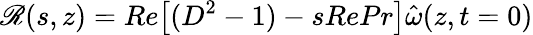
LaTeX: \mathscr{R}(s,z)=Re\big[(D^{2}-1)-sRePr\big]\hat{\omega}(z,t=0)